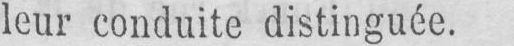
leur conduite distinguée.